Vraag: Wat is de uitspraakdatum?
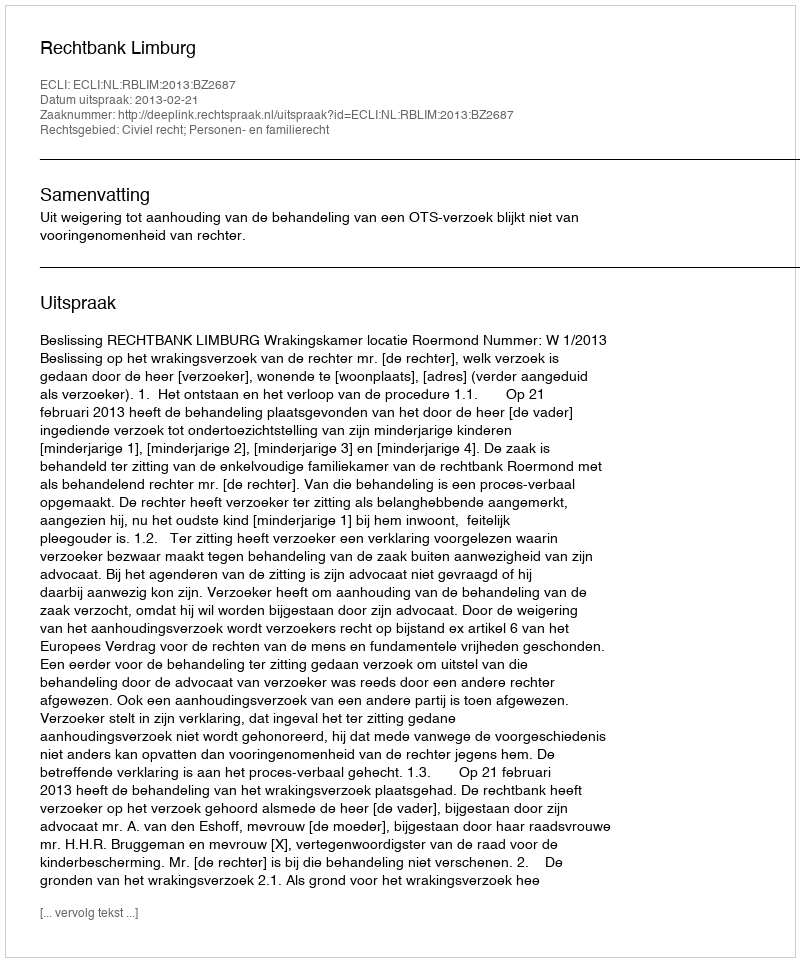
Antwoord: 2013-02-21